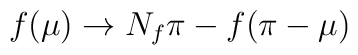
f(\mu) \to N_f \pi - f(\pi - \mu)